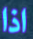
اذا